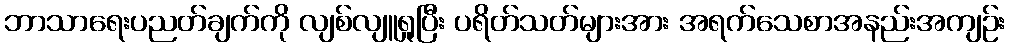
ဘာသာရေးပညတ်ချက်ကို လျစ်လျူရှုပြီး ပရိတ်သတ်များအား အရက်သေစာအနည်းအကျဉ်း